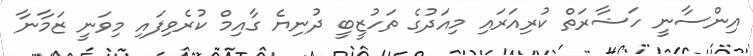
އިންސާނީ ހަޟާރަތް ކުރިއަރައި މިއަދުގެ ތަހުޒީބީ ދުނިޔެ ގާއިމް ކުރެވިފައި މިވަނީ ޒަމާނާ